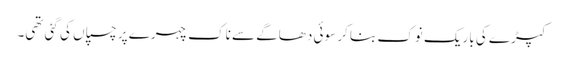
کپڑے کی باریک نوک بنا کر سوئی دھاگے سے ناک چہرے پر چسپاں کی گئی تھی۔